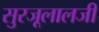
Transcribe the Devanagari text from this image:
सुरजूलालजी